Insane asylums in Bengal annual reports 1876-1887 - 1876-1887
Year: 1876
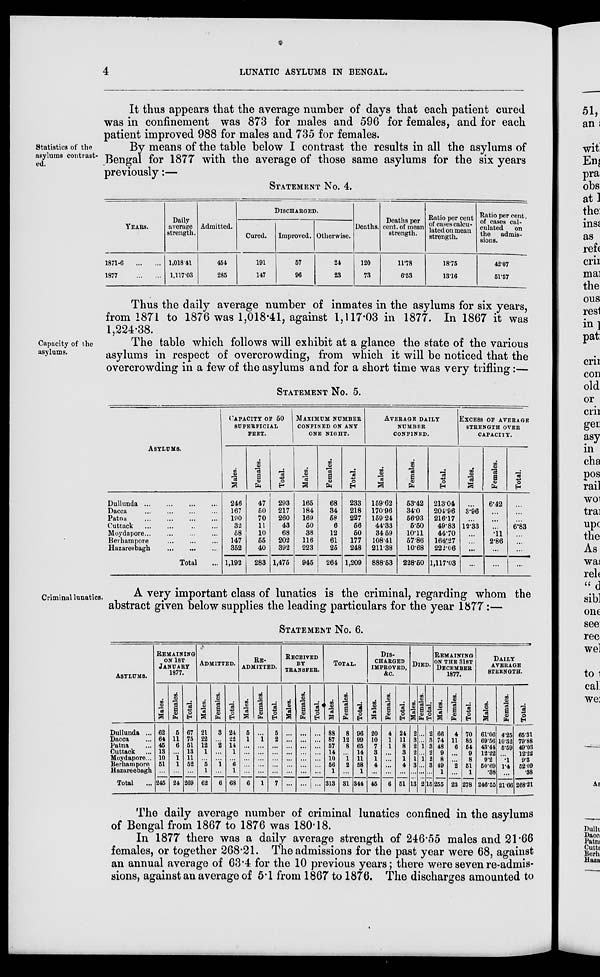
4
LUNATIC ASYLUMS IN BENGAL.
It thus appears that the average number of days that each patient cured
was in confinement was 873 for males and 596 for females, and for each
patient improved 988 for males and 735 for females.
Statistics of the
asylums contrast-
ed.
By means of the table below I contrast the results in all the asylums of
Bengal for 1877 with the average of those same asylums for the six years
previously:—
STATEMENT No. 4.
DISCHARGED.
YEARS.
1871-6
...
...
1877
...
...
Daily
average
strength.
1,018.41
1,117.03
Admitted.
454
285
Cured.
191
147
Improved.
57
96
Otherwise.
24
23
Deaths.
120
73
Deaths per
cent. of mean
strength.
11.78
6.53
Ratio per cent
of cases calcu-
lated on mean
strength.
18.75
13.16
Ratio per cent.
of cases cal-
culated
on
the
admis-
sions.
42.07
51.57
Thus the daily average number of inmates in the asylums for six years,
from 1871 to 1876 was 1,018.41, against 1,117.03 in 1877. In 1867 it was
1,224.38.
Capacity of the
asylums.
The table which follows will exhibit at a glance the state of the various
asylums in respect of overcrowding, from which it will be noticed that the
overcrowding in a few of the asylums and for a short time was very trifling:—
STATEMENT No. 5.
ASYLUMS.
Dullunda
...
...
...
...
Dacca
...
...
...
...
Patna
...
...
...
...
Cuttack ... ... ... ...
Moydapore
...
...
...
...
Berhampore
...
...
...
Hazareebagh
...
...
...
Total ...
CAPACITY OF 50
SUPERFICIAL
FEET.
Males.
246
167
190
32
58
147
352
1,192
Females.
47
50
70
11
10
55
40
283
Total.
293
217
260
43
68
202
392
1,475
MAXIMUM NUMBER
CONFINED ON ANY
ONE NIGHT.
Males.
165
184
169
50
38
116
223
945
Females.
68
34
58
6
12
61
25
264
Total.
233
218
227
56
50
177
248
1,209
AVERAGE DAILY
NUMBER
CONFINED.
Males.
159.62
170.96
159.24
44.33
34.59
108.41
211.38
888.53
Females.
53.42
34.0
56.93
5.50
10.11
57.86
10.68
228.50
Total.
213.04
204.96
216.17
49.83
44.70
166.27
222.06
1,117.03
EXCESS OF AVERAGE
STRENGTH OVER
CAPACITY.
Males.
...
3.96
...
12.33
...
...
...
...
Females.
6.42
...
...
...
.11
2.86
...
...
Total.
...
...
...
6.83
...
...
...
...
Criminal lunatics.
A very important class of lunatics is the criminal, regarding whom the
abstract given below supplies the leading particulars for the year 1877 :—
STATEMENT No. 6.
ASYLUMS.
Dullunda ...
Dacca ...
Patna ...
Cuttack ...
Moydapore ...
Berhampore
Hazareebagh
Total ...
REMAINING
ON 1ST
JANUARY
1877.
Males.
62
64
45
13
10
51
...
245
Females.
5
11
6
...
1
1
...
24
Total.
67
75
51
13
11
52
...
269
ADMITTED.
Males.
21
22
12
1
...
5
1
62
Females.
3
...
2
...
...
1
...
6
Total.
24
22
14
1
...
6
1
68
RE-
--------.
Males.
5
1
...
...
...
...
...
6
Females.
...
1
...
...
...
...
...
1
Total.
5
2
...
...
...
...
...
7
RECEIVED
BY
TRANSFER.
Males.
...
...
...
...
...
...
...
...
Females.
...
...
...
...
...
...
...
...
Total.
...
...
...
...
...
...
...
...
TOTAL.
Males.
88
87
57
14
10
56
1
313
Females.
8
12
8
...
1
2
...
31
Total.
96
99
65
14
11
58
1
344
DIS-
-------
IMPROVED,
&c.
Males.
20
10
7
3
1
4
...
45
Females.
4
1
1
...
...
...
...
6
Total.
24
11
8
3
1
4
...
51
DIED.
Males.
2
3
2
2
1
3
...
13
Females.
...
...
1
...
1
...
...
2
Total.
2
3
3
2
2
3
...
15
REMAINING
ON THE 31ST
DECEMBER
1877.
Males.
66
74
48
9
8
49
1
255
Females.
4
11
6
...
...
2
...
23
Total.
70
85
54
9
8
51
1
278
DAILY
AVERAGE
STRENGTH.
Males.
61.06
69.56
43.44
12.22
9.2
50.69
.38
246.55
Females.
4.25
10.32
5.59
...
.1
1.4
...
21.66
Total.
65.31
79.88
49.03
12.22
9.3
52.09
.38
268.21
The daily average number of criminal lunatics confined in the asylums
of Bengal from 1867 to 1876 was 180.18.
In 1877 there was a daily average strength of 246.55 males and 21.66
females, or together 268.21. The admissions for the past year were 68, against
an annual average of 63.4 for the 10 previous years; there were seven re-admis-
sions, against an average of 5.1 from 1867 to 1876. The discharges amounted to